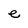
Character: e